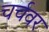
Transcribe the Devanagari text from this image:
चर्चवर